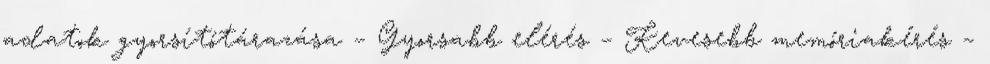
adatok gyorsítótárazása – Gyorsabb elérés – Kevesebb memóriakérés –